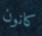
كانون